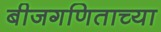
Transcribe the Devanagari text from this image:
बीजगणिताच्या